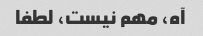
آه، مهم نیست، لطفا